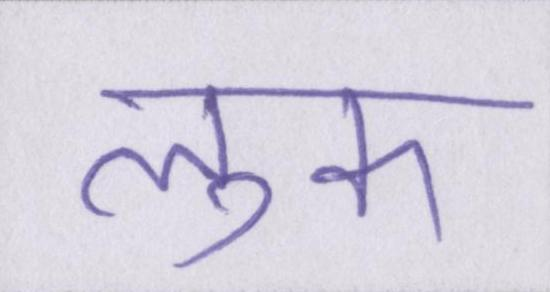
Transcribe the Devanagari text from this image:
लुक